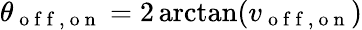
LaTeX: \theta_{\mathrm{~o~f~f~,~o~n~}}=2\arctan(v_{\mathrm{~o~f~f~,~o~n~}})